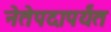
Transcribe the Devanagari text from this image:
नेतेपदापर्यंत